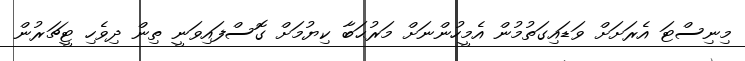
މިނިސްޓަ އެރަށަށް ވަޑައިގަތުމުން އެމީހުންނަށް މަރުޙަބާ ކިޔުމަށް ގޮސްފައިވަނީ ތިން ދިވެހި ޓީޗަރުން